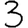
Digit: 3